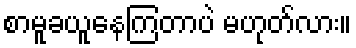
စာမူခယူနေကြတာပဲ မဟုတ်လား။